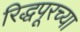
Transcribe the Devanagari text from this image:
रिद्धपूरच्या